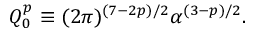
Q _ { 0 } ^ { p } \equiv ( 2 \pi ) ^ { ( 7 - 2 p ) / 2 } \alpha ^ { ( 3 - p ) / 2 } .